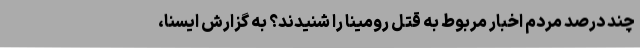
چند درصد مردم اخبار مربوط به قتل رومینا را شنیدند؟ به گزارش ایسنا،